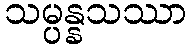
သမ္ပန္နသဿာ